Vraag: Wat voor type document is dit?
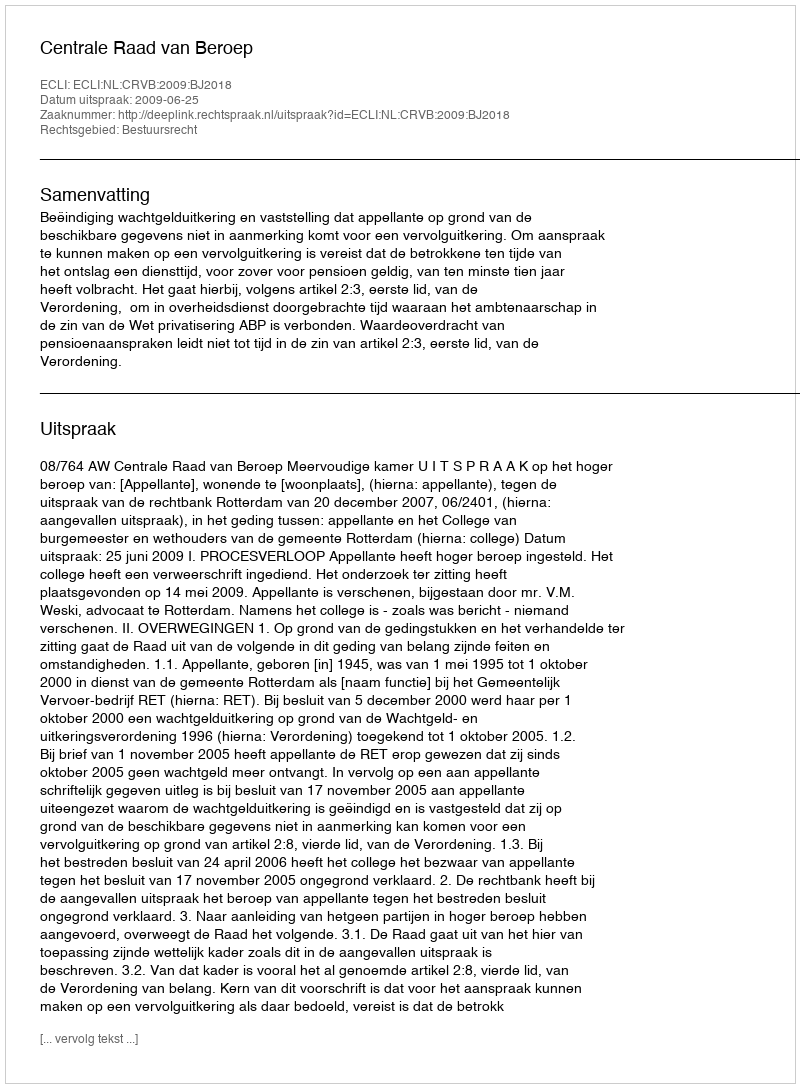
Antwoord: Uitspraak